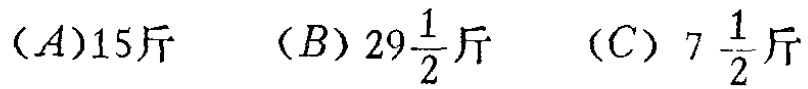
$(A)15\text{斤}\quad (B)29\frac{1}{2}\text{斤}\quad (C)7\frac{1}{2}\text{斤}$